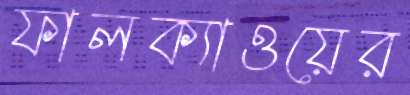
ফালক্যাওয়ের